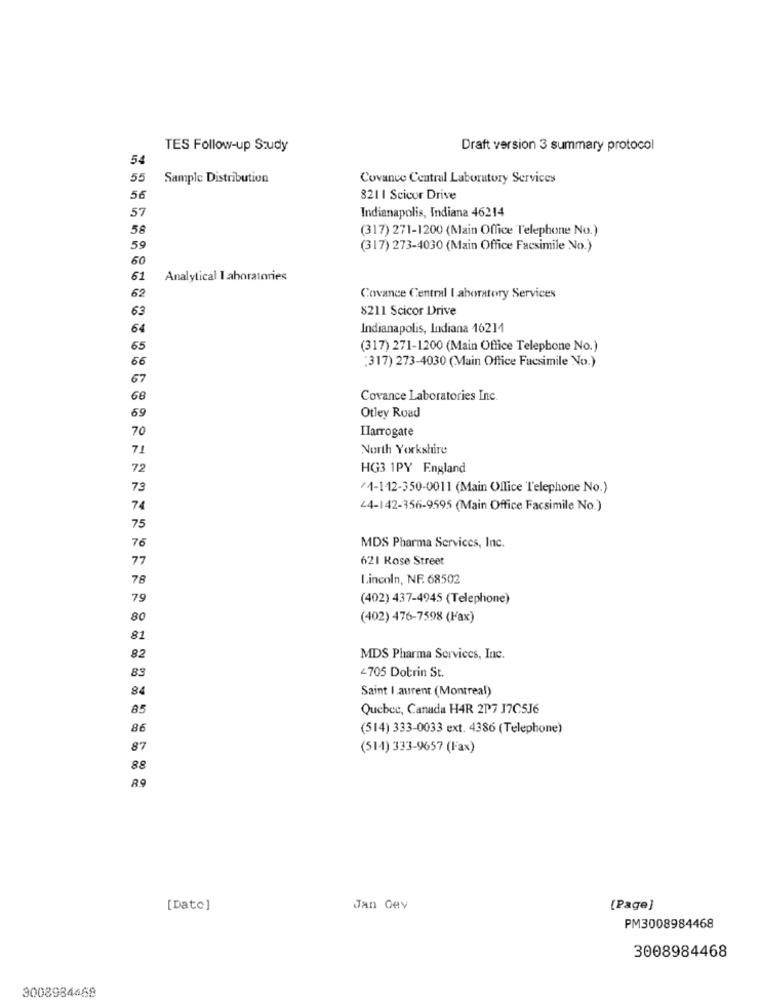
TES Follow-up Study
Draft version 3 summary protocol
54
55
Sample Distribution
Covance Central Laboratory Services
56
821 1 Scicor Drive
57
Indianapolis, Indiana 46214
58
(317) 271-1200 (Main Office Telephone No.)
59
(317) 273-4030 (Main Office Facsimile No.)
60
61
Analytical laboratories
62
Covance Central I aboratory Services
63
8211 Scicor Drive
64
Indianapolis, Indiana 16211
65
(317) 271-1200 (Main Office Telephone No.)
66
:317) 273-4030 (Main Office Facsimile No.)
67
68
Covance Laboratories Inc.
69
Otley Road
70
Ilarrogate
71
North Yorkshire
72
HG3 1PY England
73
/1-112-350-0011 (Main Office Telephone No.)
74
44-142-356-9595 (Main Office Facsimile No.)
75
76
MDS Pharma Services, Inc.
77
621 Rose Street
78
Lincoln, NF. 68502
79
(402) 437-4945 (Telephone)
80
(402) 476-7598 (Fax)
81
82
MDS Pharma Services, Inc.
83
2705 Dotrin St.
84
Saint I aurent (Montreal)
85
Quebec, Canada H4R 2P7 17C5J6
86
(514) 333-0033 ext. 4386 (Telephone)
87
(514) 333-9657 (Fax)
88
R9
[Date]
Jan Gey
[Page]
PM3008984468
3008984468
3008984468